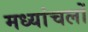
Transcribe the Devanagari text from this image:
मध्यांचलों